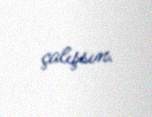
çalışsın.